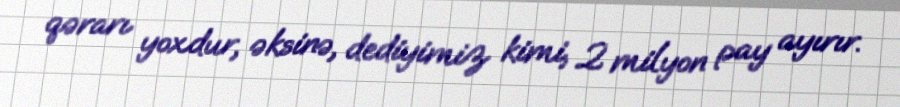
qərarı yoxdur, əksinə, dediyimiz kimi, 2 milyon pay ayırır.